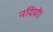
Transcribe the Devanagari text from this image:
नदियों।